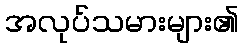
အလုပ်သမားများ၏